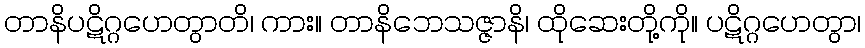
တာနိပဋိဂ္ဂဟေတွာတိ၊ ကား။ တာနိဘေသဇ္ဇာနိ၊ ထိုဆေးတို့ကို။ ပဋိဂ္ဂဟေတွာ၊